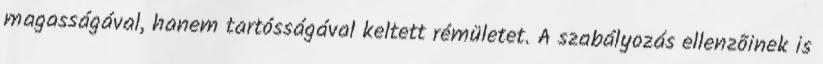
magasságával, hanem tartósságával keltett rémületet. A szabályozás ellenzõinek is